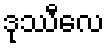
ဒုဿီလေ